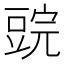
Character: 𰶜